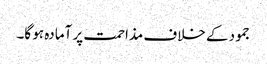
جمود کے خلاف مذاحمت پر آمادہ ہو گا۔